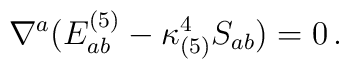
\nabla^a (E^{(5)}_{ab}-\kappa^4_{(5)}S_{ab}) = 0 \,.